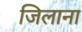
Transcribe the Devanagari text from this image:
जिलाना